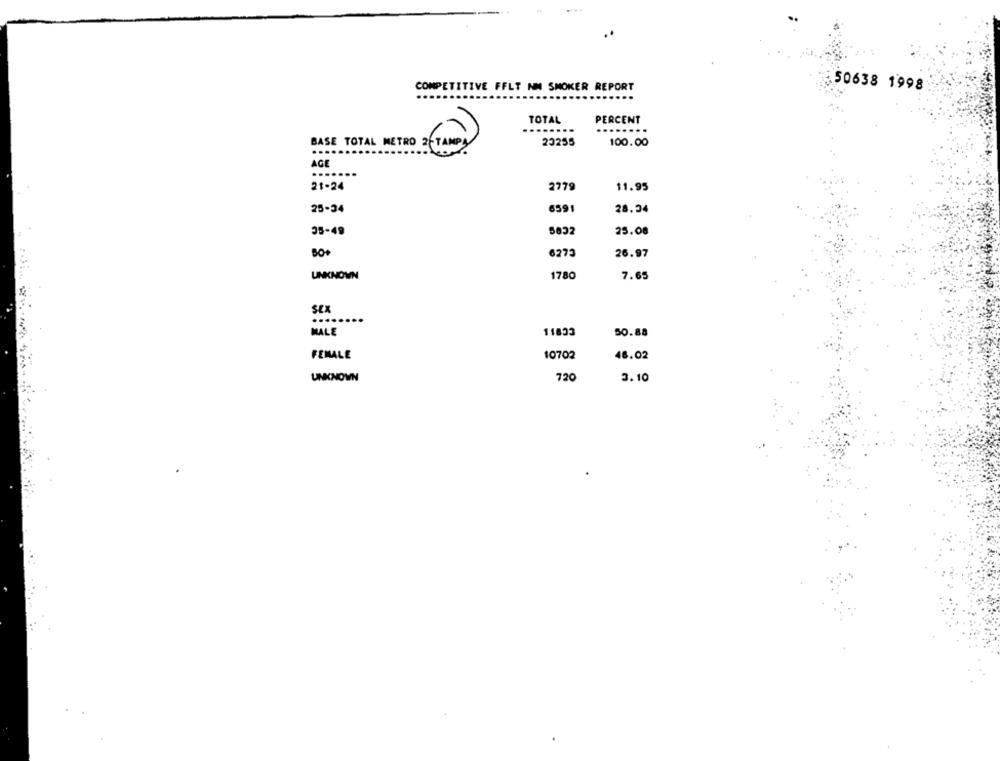
..
COMPETITIVE FFLT NN SMOKER REPORT
50638 1998
TOTAL
PERCENT
.......
BASE TOTAL METRO 2-TAMPA
23255
100.00
AGE
.......
21-24
2779
11.95
25-34
6591
28.34
35-49
5832
25.08
6273
26.97
UNKNOWN
1780
7.65
SEX
.....
MALE
11833
50.88
FEMALE
10702
48.02
UNKNOWN
720
3.10